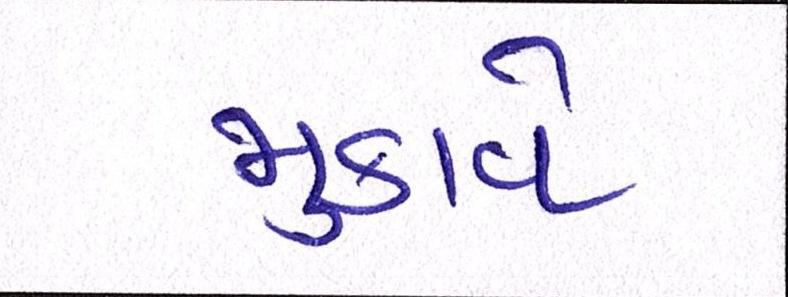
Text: મુકાવે